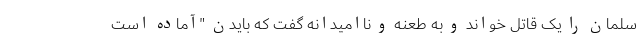
سلمان را یک قاتل خواند و به طعنه و ناامیدانه گفت که بایدن "آماده است